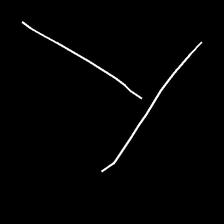
Glyph: column